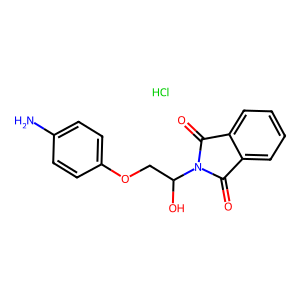
SMILES: Cl.Nc1ccc(OCC(O)N2C(=O)c3ccccc3C2=O)cc1
Inhibits HIV replication: No